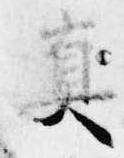
真